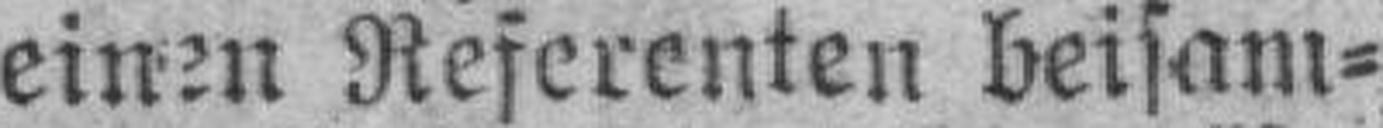
einen Referenten beisam¬